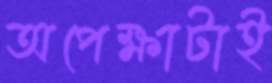
অপেক্ষাটাই